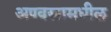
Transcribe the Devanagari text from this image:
अण्वस्त्रामधील